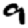
Digit: 9